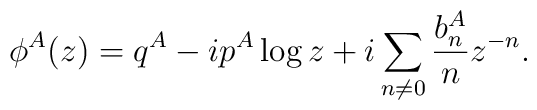
\phi^A(z)=q^A-ip^A\log{z}+i\sum_{n\not=0}{{b_{n}^A\over n}z^{-n}}.